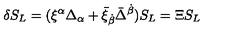
\delta S _ { L } = ( \xi ^ { \alpha } \Delta _ { \alpha } + \bar { \xi } _ { \dot { \beta } } \bar { \Delta } ^ { \dot { \beta } } ) S _ { L } = \Xi S _ { L }